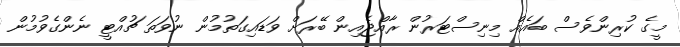
މީގެ ކުރިންވެސް ބައެއް މިނިސްޓަރުން ރާއްޖެއިން ބޭރަށް ވަޑައިގަތުމުން ނުވަތަ ޗުއްޓީ ނެންގެވުމުން